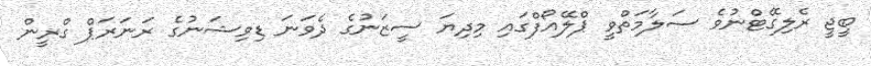
ބީޖީ ރެލިގޭޓްނުވެ ސަލާމަތްވީ ޕްލޭއޯފްގައި މިދިޔަ ސީޒަނުގެ ދެވަނަ ޑިވިޝަނުގެ ރަނަރަޕް ގްރީން